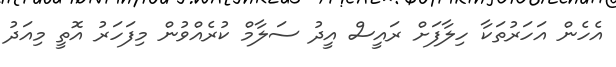
އެހެން އަހަރުތަކާ ހިލާފަށް ރައީސް އީދު ސަލާމް ކުރެއްވުން މިފަހަރު އޮތީ މިއަދު